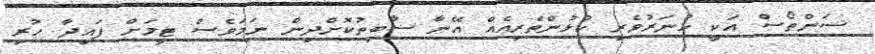
ސަންތޯސް އަކީ ހުނަރުވެރި ކުޅުންތެރިއެއް އޭނާ ސާބިތުކޮށްދިން ނަމަވެސް ޓީމަށް ފައިދާ ހުރި